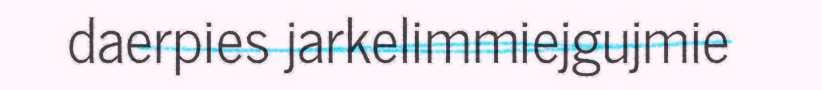
daerpies jarkelimmiejgujmie